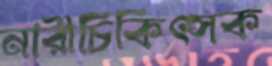
নারীচিকিৎসক